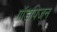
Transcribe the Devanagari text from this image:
गॉडपिजन